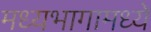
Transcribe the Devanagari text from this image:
मध्यभागामध्ये